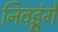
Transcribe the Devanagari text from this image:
निवडूंगे